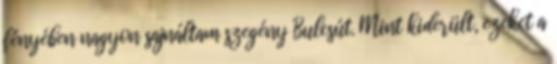
fényében nagyon sajnáltam szegény Bulcsút. Mint kiderült, ezeket a